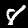
Digit: 8